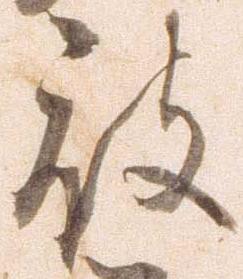
被